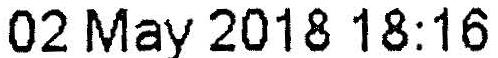
02 MAY 2018 18:16